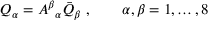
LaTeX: Q _ { \alpha } = { A ^ { \beta } } _ { \alpha } \bar { Q } _ { \beta } ~ , \qquad \alpha , \beta = 1 , \ldots , 8